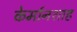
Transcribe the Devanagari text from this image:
केर्मानशाह